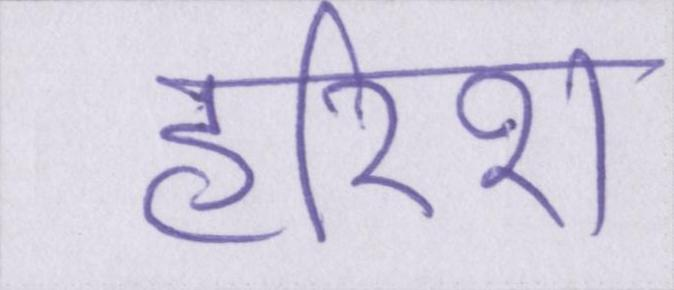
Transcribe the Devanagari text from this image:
हरीश